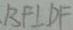
B F \bot D F